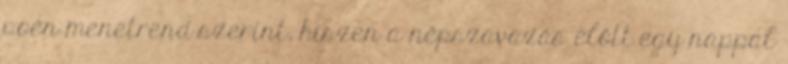
poén menetrend szerint, hiszen a népszavazás előtt egy nappal